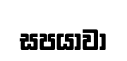
සපයාවා